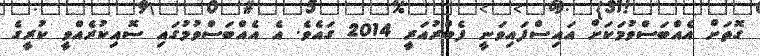
ގޮތަށް އެއްބަސްވުމަކަށް އައިސްފައިވަނީ ފެބްރުއަރީ 2014 ގައެވެ. އެ އެއްބަސްވުމުގައި ސޮއިކުރެއްވީ ކުރީގެ